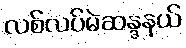
လစ်လပ်မဲဆန္ဒနယ်